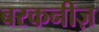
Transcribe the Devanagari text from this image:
बरकनीज़